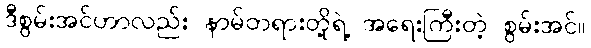
ဒီစွမ်းအင်ဟာလည်း နာမ်တရားတို့ရဲ့ အရေးကြီးတဲ့ စွမ်းအင်။